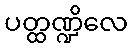
ပတ္ထဏ္ဍိလေ